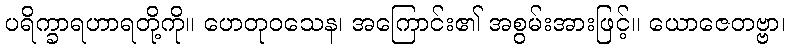
ပရိက္ခာရဟာရတို့ကို။ ဟေတုဝသေန၊ အကြောင်း၏ အစွမ်းအားဖြင့်။ ယောဇေတဗ္ဗာ၊